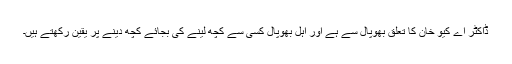
ڈاکٹر اے کیو خان کا تعلق بھوپال سے ہے اور اہل بھوپال کسی سے کچھ لینے کی بجائے کچھ دینے پر یقین رکھتے ہیں۔